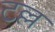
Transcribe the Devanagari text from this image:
टल्ल